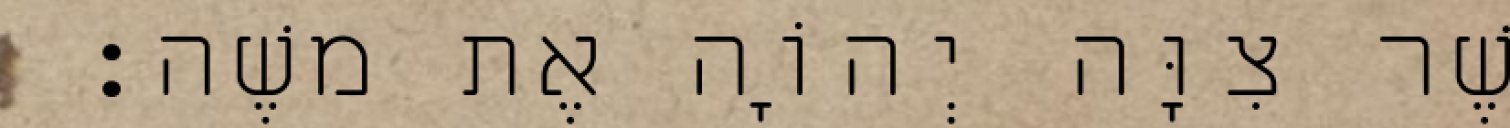
אֲשֶׁר צִוָּה יְהוָֹה אֶת משֶׁה׃